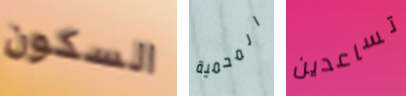
السكون المحمية تساعدين